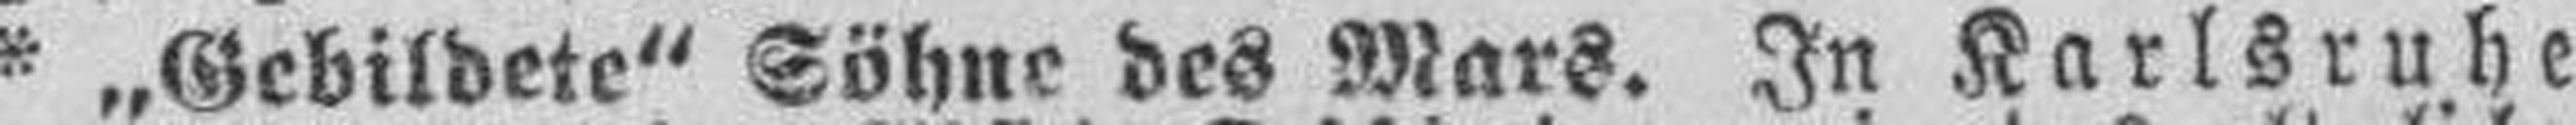
* „Gebildete“ Söhne des Mars. In Karlsruhe